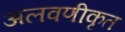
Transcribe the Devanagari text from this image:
अलवणीकृत